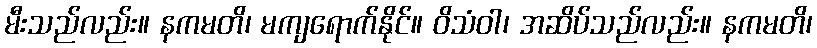
မီးသည်လည်း။ နကမတိ၊ မကျရောက်နိုင်။ ဝိသံဝါ၊ အဆိပ်သည်လည်း။ နကမတိ၊